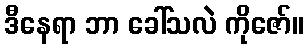
ဒီနေရာ ဘာ ခေါ်သလဲ ကိုဇော်။